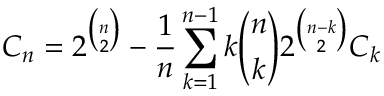
C _ { n } = 2 ^ { { \binom { n } { 2 } } } - { \frac { 1 } { n } } \sum _ { { k = 1 } } ^ { { n - 1 } } k { \binom { n } { k } } 2 ^ { { \binom { n - k } { 2 } } } C _ { k }